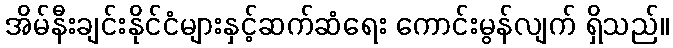
အိမ်နီးချင်းနိုင်ငံများနှင့်ဆက်ဆံရေး ကောင်းမွန်လျက် ရှိသည်။